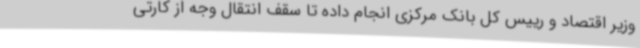
وزیر اقتصاد و رییس کل بانک مرکزی انجام داده تا سقف انتقال وجه از کارتی